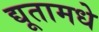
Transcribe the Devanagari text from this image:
द्यूतामधे